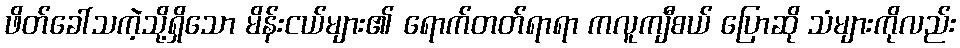
ဖိတ်ခေါ်သကဲ့သို့ရှိသော မိန်းငယ်များ၏ ရောက်တတ်ရာရာ ကလူကျီစယ် ပြောဆို သံများကိုလည်း